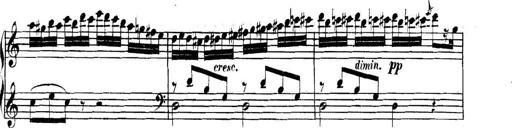
Title: Collected Piano Sonatas
Composer: Muzio Clementi